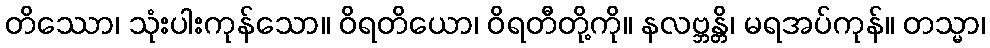
တိဿော၊ သုံးပါးကုန်သော။ ဝိရတိယော၊ ဝိရတီတို့ကို။ နလဗ္ဘန္တိ၊ မရအပ်ကုန်။ တသ္မာ၊